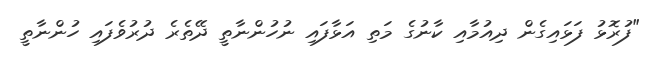
"ފުރޮޅު ފަޅައިގެން ދިއުމާއި ކާނުގެ މަތި އަޅާފައި ނުހުންނާތީ ދޭތެރެ ދުރުވެފައި ހުންނާތީ